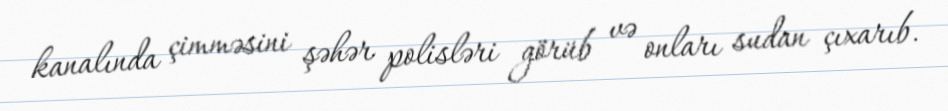
kanalında çimməsini şəhər polisləri görüb və onları sudan çıxarıb.